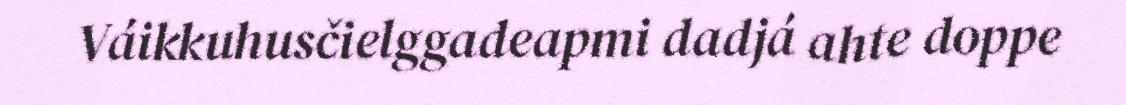
Váikkuhusčielggadeapmi dadjá ahte doppe